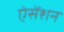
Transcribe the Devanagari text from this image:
ऐसेंशन